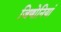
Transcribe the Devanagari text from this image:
जिणोनियां